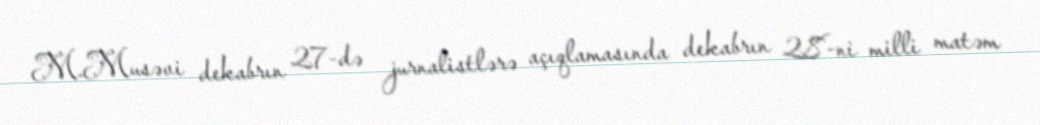
M.Musəvi dekabrın 27-də jurnalistlərə açıqlamasında dekabrın 28-ni milli matəm